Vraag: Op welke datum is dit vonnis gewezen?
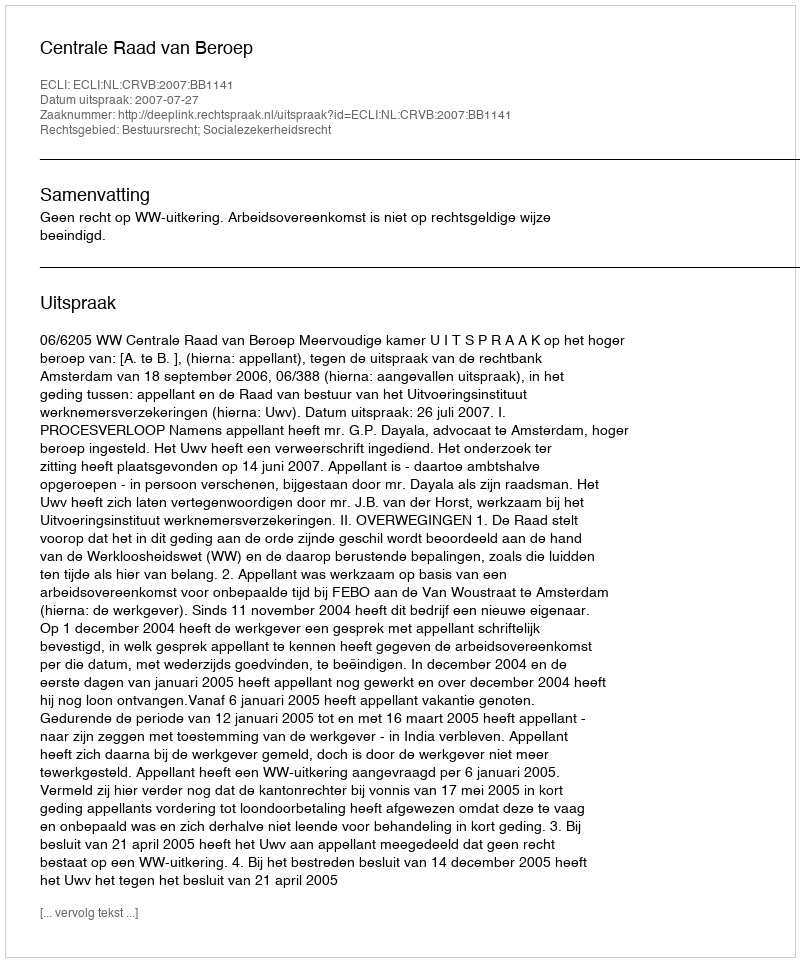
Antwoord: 2007-07-27